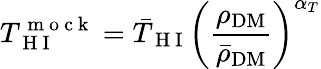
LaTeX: T_{\mathrm{~H~I~}}^{\mathrm{~m~o~c~k~}}=\bar{T}_{\mathrm{~H~I~}}\left(\frac{\rho_{\mathrm{DM}}}{\bar{\rho}_{\mathrm{DM}}}\right)^{\alpha_{T}}